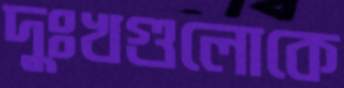
দুঃখগুলোকে